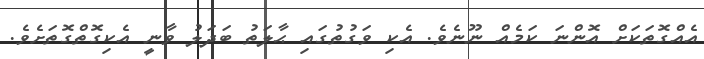
އެއްގޮތަކަށް އޮންނަ ކަމެއް ނޫނެވެ. އެކި ވަގުތުގައި ޙާލަތު ބަދަލު ވާނީ އެކިގޮތްގޮތަށެވެ.